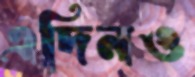
এদিনও